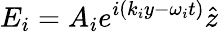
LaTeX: E_{i}=A_{i}e^{i(k_{i}y-\omega_{i}t)}\hat{z}